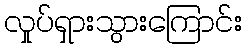
လှုပ်ရှားသွားကြောင်း